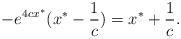
LaTeX: \begin{align*}-e^{4cx^*}(x^*-\frac{1}{c})=x^*+\frac{1}{c}. \end{align*}